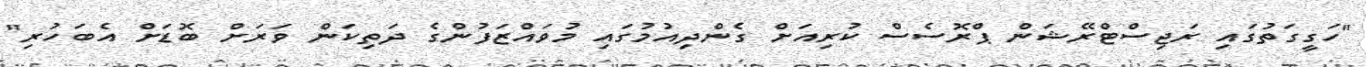
"ހަގީގަތުގައި ރަޖިސްޓްރޭޝަން ޕްރޮސެސް ކުރިއަށް ގެންދިއުމުގައި މުވައްޒަފުންގެ ދަތިކަން ވަރަށް ބޮޑަށް އެބަހުރި"